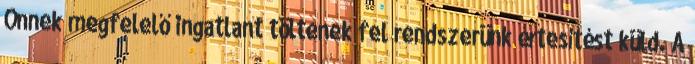
Önnek megfelelő ingatlant töltenek fel rendszerünk értesítést küld. A